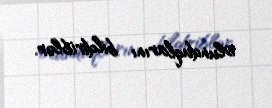
olunduqlarını bildiriblər.